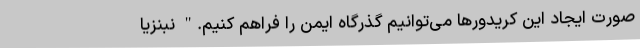
صورت ایجاد این کریدورها می‌توانیم گذرگاه ایمن را فراهم کنیم." نبنزیا